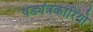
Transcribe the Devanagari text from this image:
षड्यंत्रकारियो